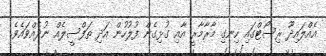
އެއްލައިދޫ ރިސޯޓްގައި ހިނގި މާރާމާރީ އާއި ގުޅިގެން ފުލުހުން އަދި ތަފްސީލެއް ނުދެއްވައެވެ.